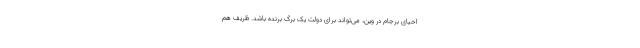
احیای برجام در وین، می‌تواند برای دولت یک برگ برنده باشد. ظریف هم